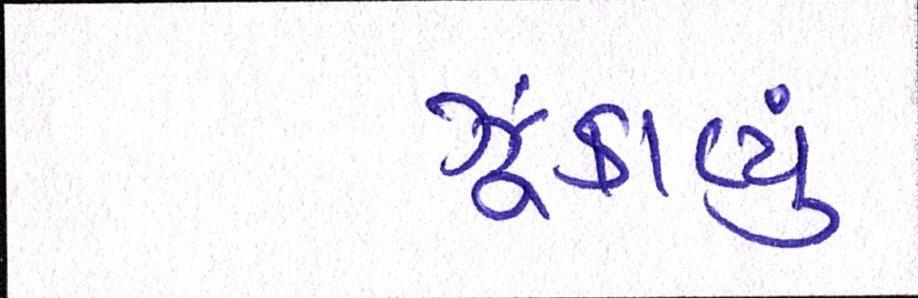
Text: ઝૂંકાવ્યું